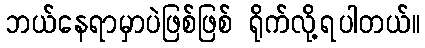
ဘယ်နေရာမှာပဲဖြစ်ဖြစ် ရိုက်လို့ရပါတယ်။